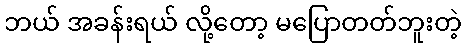
ဘယ် အခန်းရယ် လို့တော့ မပြောတတ်ဘူးတဲ့